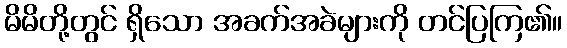
မိမိတို့တွင် ရှိသော အခက်အခဲများကို တင်ပြကြ၏။